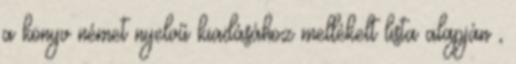
a könyv német nyelvű kiadásához mellékelt lista alapján ,